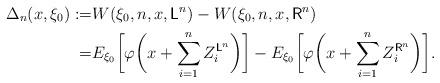
LaTeX: \begin{align*}\Delta_n(x,\xi_0):=&W(\xi_0,n,x,\mathsf{L}^n)-W(\xi_0,n,x,\mathsf{R}^n)\\=&E_{\xi_0}\biggl[\varphi\biggl(x+\sum_{i=1}^{n} Z_i^{\mathsf{L}^n}\biggr)\biggr] - E_{\xi_0}\biggl[\varphi\biggl(x+\sum_{i=1}^{n} Z_i^{\mathsf{R}^n}\biggr)\biggr].\end{align*}